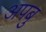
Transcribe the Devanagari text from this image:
अपबु